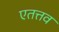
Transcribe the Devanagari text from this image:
एतत्तव